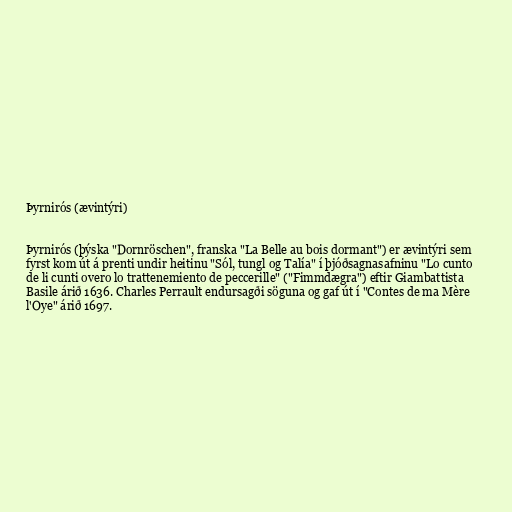
Þyrnirós (ævintýri)

Þyrnirós (þýska "Dornröschen", franska "La Belle au bois dormant") er ævintýri sem
fyrst kom út á prenti undir heitinu "Sól, tungl og Talía" í þjóðsagnasafninu "Lo cunto
de li cunti overo lo trattenemiento de peccerille" ("Fimmdægra") eftir Giambattista
Basile árið 1636. Charles Perrault endursagði söguna og gaf út í "Contes de ma Mère
l'Oye" árið 1697.